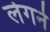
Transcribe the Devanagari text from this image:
लेगर्न